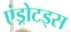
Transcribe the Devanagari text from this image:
एंड्रोटड्स